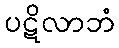
ပဋိလာဘံ